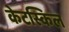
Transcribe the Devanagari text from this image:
केटस्किल